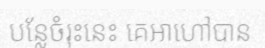
បន្លែចំរុះនេះ គេអាហៅបាន